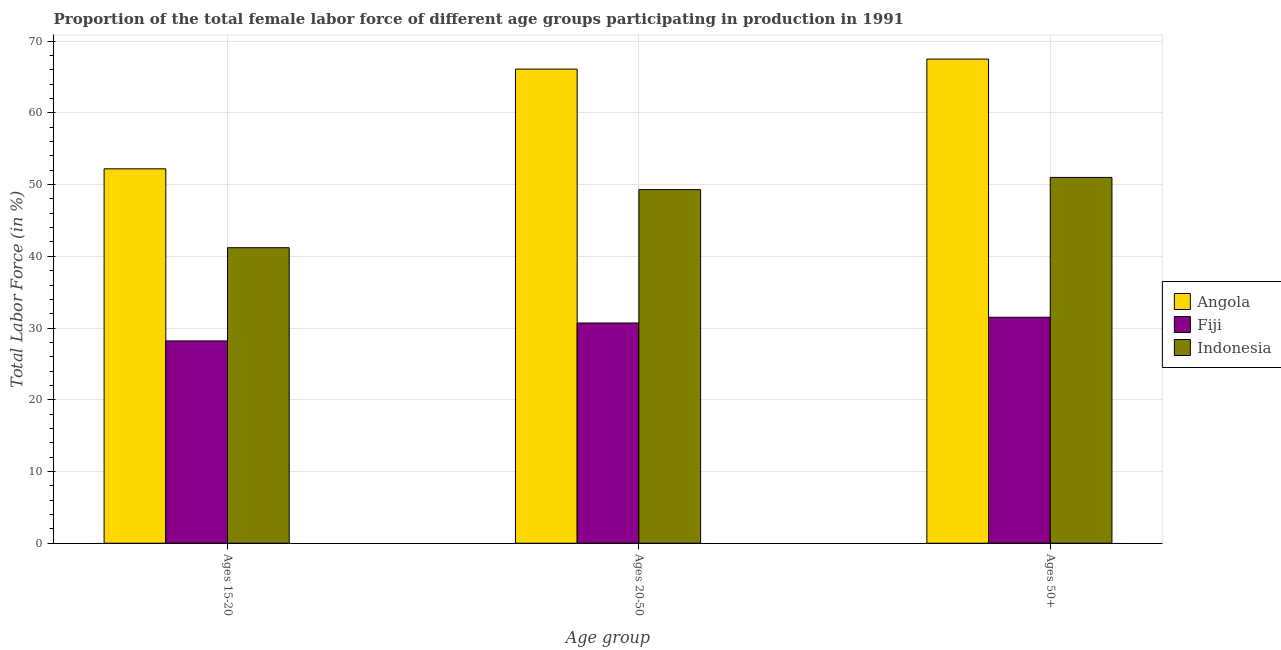
| Age group | Angola | Fiji | Indonesia |
 | --- | --- | --- | --- |
 | Ages 15-20 | 52.2 | 28.2 | 41.2 |
 | Ages 20-50 | 66.1 | 30.7 | 49.3 |
 | Ages 50+ | 67.5 | 31.5 | 51 |